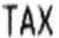
TAX